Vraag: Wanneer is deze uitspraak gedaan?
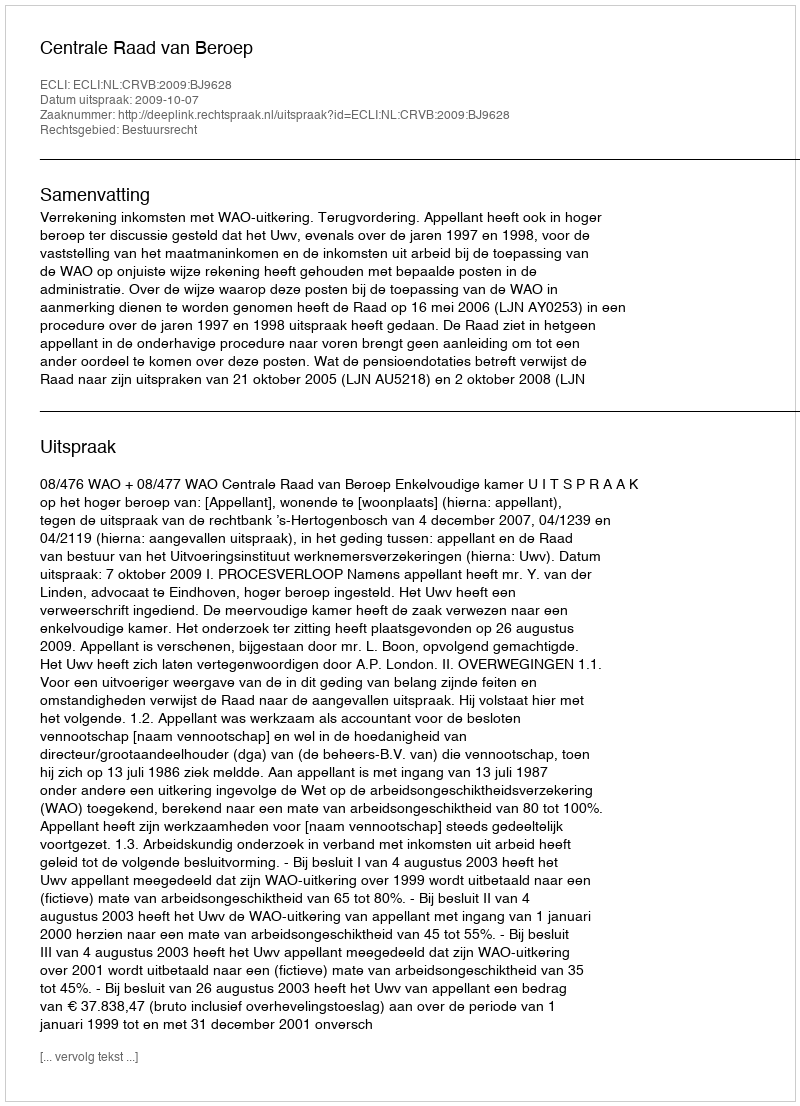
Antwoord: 2009-10-07